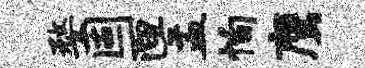
婺固匣盂恂鹰